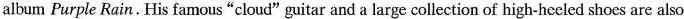
album Purple Rain. His famous "cloud" guitar and a large collection of high-heeled shoes are also